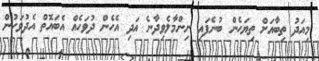
މިއަދު ތިބާއަށް ތިޔަހެން ބުނެފައި ނިންމާލެވިދާނެ އަދި އެހެން ދުވަހެއް އެބައޮތް އެދުވަހުން